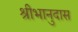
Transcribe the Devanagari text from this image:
श्रीभानुदास